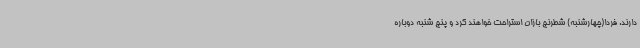
دارند. فردا(چهارشنبه) شطرنج بازان استراحت خواهند کرد و پنج شنبه دوباره